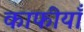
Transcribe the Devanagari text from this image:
काफीयाँ